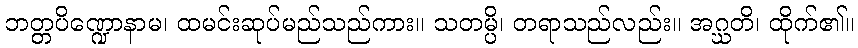
ဘတ္တပိဏ္ဍောနာမ၊ ထမင်းဆုပ်မည်သည်ကား။ သတမ္ပိ၊ တရာသည်လည်း။ အဂ္ဃတိ၊ ထိုက်၏။